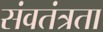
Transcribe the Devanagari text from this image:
संवतंत्रता